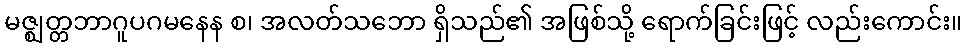
မဇ္ဈတ္တဘာဂူပဂမနေန စ၊ အလတ်သဘော ရှိသည်၏ အဖြစ်သို့ ရောက်ခြင်းဖြင့် လည်းကောင်း။